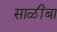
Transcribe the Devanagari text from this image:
साळींबा